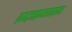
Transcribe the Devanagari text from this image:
क़ाज़क़सतान